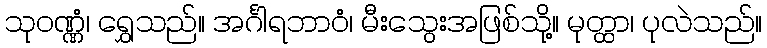
သုဝဏ္ဏံ၊ ရွှေသည်။ အင်္ဂါရဘာဝံ၊ မီးသွေးအဖြစ်သို့။ မုတ္ထာ၊ ပုလဲသည်။